Scientific memoirs by medical officers of the Army of India - Part IV,
Year: 1889
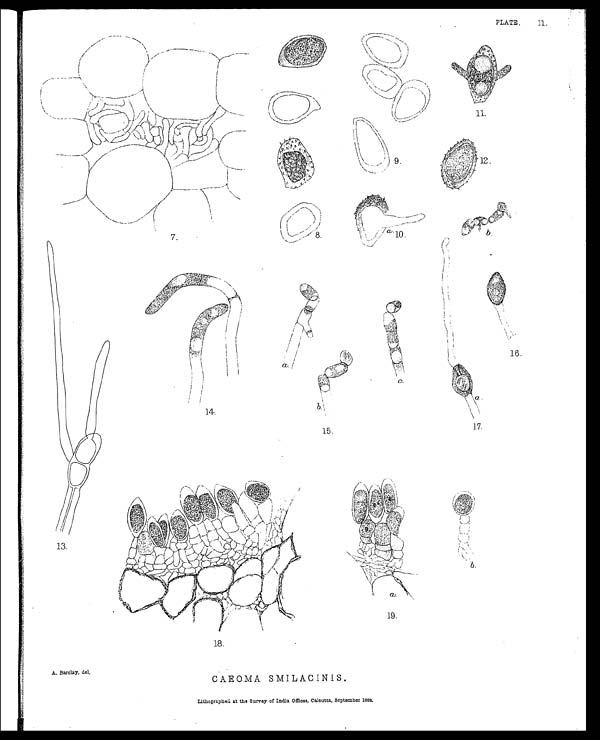
A. Barclay, del,
CAEOMA SMILACINIS.
PLATE. 11
Lithographed at the Survey of India Offices, Calcutta, September 1888.